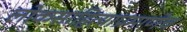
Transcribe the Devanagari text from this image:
लोकसाहित्याप्रमाणेच